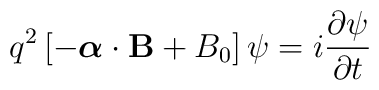
q^2\left[-\mbox{\boldmath$\alpha$}\cdot{\bf B} + B_0\right]\psi =    i\frac{\partial\psi}{\partial t}